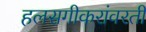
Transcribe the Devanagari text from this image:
हलसगीकरांवरती